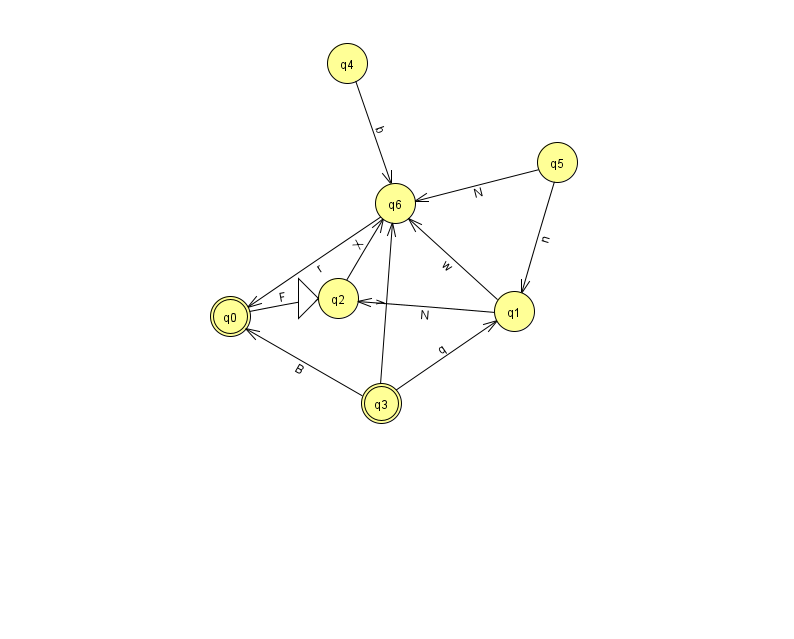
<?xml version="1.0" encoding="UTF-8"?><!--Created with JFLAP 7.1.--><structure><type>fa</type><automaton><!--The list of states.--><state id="0" name="q0"><x>230.0</x><y>303.0</y><final/></state><state id="1" name="q1"><x>514.0</x><y>298.0</y></state><state id="2" name="q2"><x>338.0</x><y>285.0</y><initial/></state><state id="3" name="q3"><x>381.0</x><y>390.0</y><final/></state><state id="4" name="q4"><x>347.0</x><y>50.0</y></state><state id="5" name="q5"><x>557.0</x><y>149.0</y></state><state id="6" name="q6"><x>395.0</x><y>190.0</y></state><!--The list of transitions.--><transition><from>1</from><to>2</to><read>N</read></transition><transition><from>3</from><to>6</to><read>y</read></transition><transition><from>5</from><to>1</to><read>n</read></transition><transition><from>3</from><to>0</to><read>B</read></transition><transition><from>3</from><to>1</to><read>q</read></transition><transition><from>4</from><to>6</to><read>b</read></transition><transition><from>5</from><to>6</to><read>N</read></transition><transition><from>0</from><to>2</to><read>F</read></transition><transition><from>1</from><to>6</to><read>w</read></transition><transition><from>2</from><to>6</to><read>X</read></transition><transition><from>6</from><to>0</to><read>r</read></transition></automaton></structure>